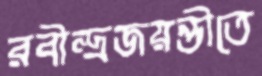
রবীন্দ্রজয়ন্তীতে